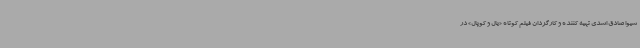
شیوا صادق اسدی تهیه کننده و کارگردان فیلم کوتاه «یال و کوپال» در